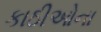
કાઠીઓના